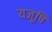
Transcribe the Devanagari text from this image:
यजूषि